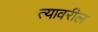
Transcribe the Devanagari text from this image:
त्‍यावरील